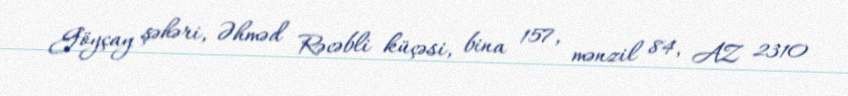
Göyçay şəhəri, Əhməd Rəcəbli küçəsi, bina 157, mənzil 84, AZ 2310